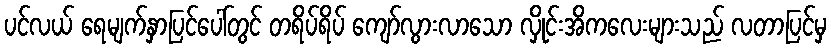
ပင်လယ် ရေမျက်နှာပြင်ပေါ်တွင် တရိပ်ရိပ် ကျော်လွားလာသော လှိုင်းအိကလေးများသည် လတာပြင်မှ